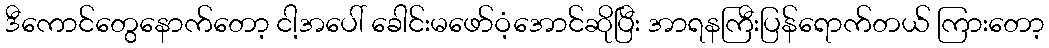
ဒီကောင်တွေနောက်တော့ ငါ့အပေါ် ခေါင်းမဖော်ဝံ့အောင်ဆိုပြီး အာရနကြီးပြန်ရောက်တယ် ကြားတော့